Insane asylums in Bengal annual reports 1876-1887 - 1876-1887
Year: 1876
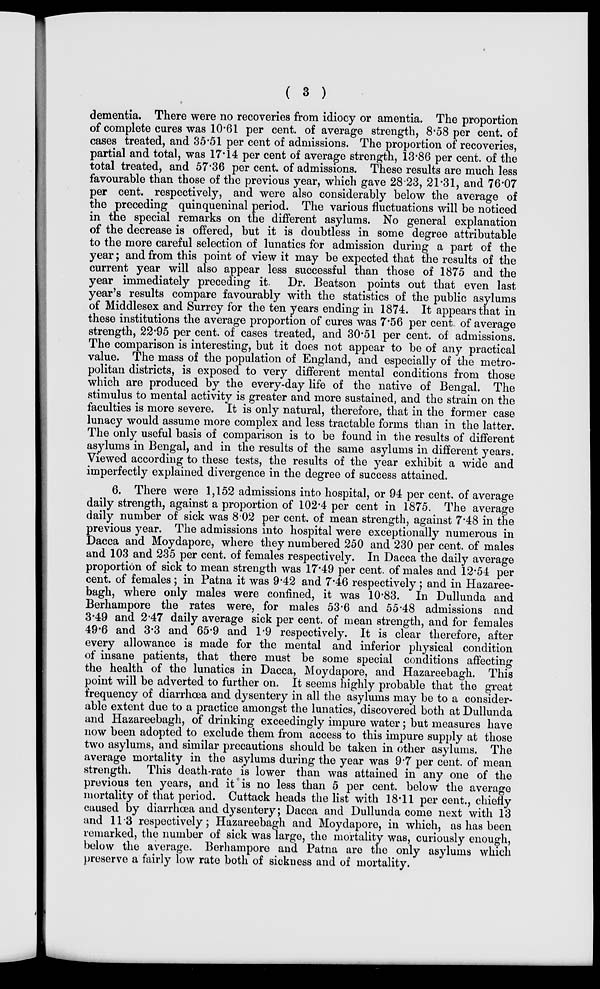
( 3 )
dementia. There were no recoveries from idiocy or amentia. The proportion
of complete cures was 10.61 per cent. of average strength, 8.58 per cent. of
cases treated, and 35.51 per cent of admissions. The proportion of recoveries,
partial and total, was 17.14 per cent of average strength, 13.86 per cent. of the
total treated, and 57.36 per cent. of admissions. These results are much less
favourable than those of the previous year, which gave 28.23, 21.31, and 76.07
per cent. respectively, and were also considerably below the average of
the preceding quinqueninal period. The various fluctuations will be noticed
in the special remarks on the different asylums. No general explanation
of the decrease is offered, but it is doubtless in some degree attributable
to the more careful selection of lunatics for admission during a part of the
year; and from this point of view it may be expected that the results of the
current year will also appear less successful than those of 1875 and the
year immediately preceding it. Dr. Beatson points out that even last
year's results compare favourably with the statistics of the public asylums
of Middlesex and Surrey for the ten years ending in 1874. It appears that in
these institutions the average proportion of cures was 7.56 per cent. of average
strength, 22.95 per cent. of cases treated, and 30.51 per cent. of admissions.
The comparison is interesting, but it does not appear to be of any practical
value. The mass of the population of England, and especially of the metro-
politan districts, is exposed to very different mental conditions from those
which are produced by the every-day life of the native of Bengal. The
stimulus to mental activity is greater and more sustained, and the strain on the
faculties is more severe. It is only natural, therefore, that in the former case
lunacy would assume more complex and less tractable forms than in the latter.
The only useful basis of comparison is to be found in the results of different
asylums in Bengal, and in the results of the same asylums in different years.
Viewed according to these tests, the results of the year exhibit a wide and
imperfectly explained divergence in the degree of success attained.
6. There were 1,152 admissions into hospital, or 94 per cent. of average
daily strength, against a proportion of 102.4 per cent in 1875. The average
daily number of sick was 8.02 per cent. of mean strength, against 7.48 in the
previous year. The admissions into hospital were exceptionally numerous in
Dacca and Moydapore, where they numbered 250 and 230 per cent. of males
and 103 and 235 per cent. of females respectively. In Dacca the daily average
proportion of sick to mean strength was 17.49 per cent. of males and 12.54 per
cent. of females; in Patna it was 9.42 and 7.46 respectively; and in Hazaree-
bagh, where only males were conf1ned, it was 10.83. In Dullunda and
Berhampore the rates were, for males 53.6 and 55.48 admissions and
3.49 and 2.47 daily average sick per cent. of mean strength, and for females
49.6 and 3.3 and 65.9 and 1.9 respectively. It is clear therefore, after
every allowance is made for the mental and inferior physical condition
of insane patients, that there must be some special conditions affecting
the health of the lunatics in Dacca, Moydapore, and Hazareebagh. This
point will be adverted to further on. It seems highly probable that the great
frequency of diarrhœa and dysentery in all the asylums may be to a consider-
able extent due to a practice amongst the lunatics, discovered both at Dullunda
and Hazareebagh, of drinking exceedingly impure water; but measures have
now been adopted to exclude them from access to this impure supply at those
two asylums, and similar precautions should be taken in other asylums. The
average mortality in the asylums during the year was 9.7 per cent. of mean
strength. This death-rate is lower than was attained in any one of the
previous ten years, and it is no less than 5 per cent. below the average
mortality of that period. Cuttack heads the list with 18.11 per cent., chiefly
caused by diarrhœa and dysentery; Dacca and Dullunda come next with 13
and 11.3 respectively; Hazareebagh and Moydapore, in which, as has been
remarked, the number of sick was large, the mortality was, curiously enough,
below the average. Berhampore and Patna are the only asylums which
preserve a fairly low rate both of sickness and of mortality.